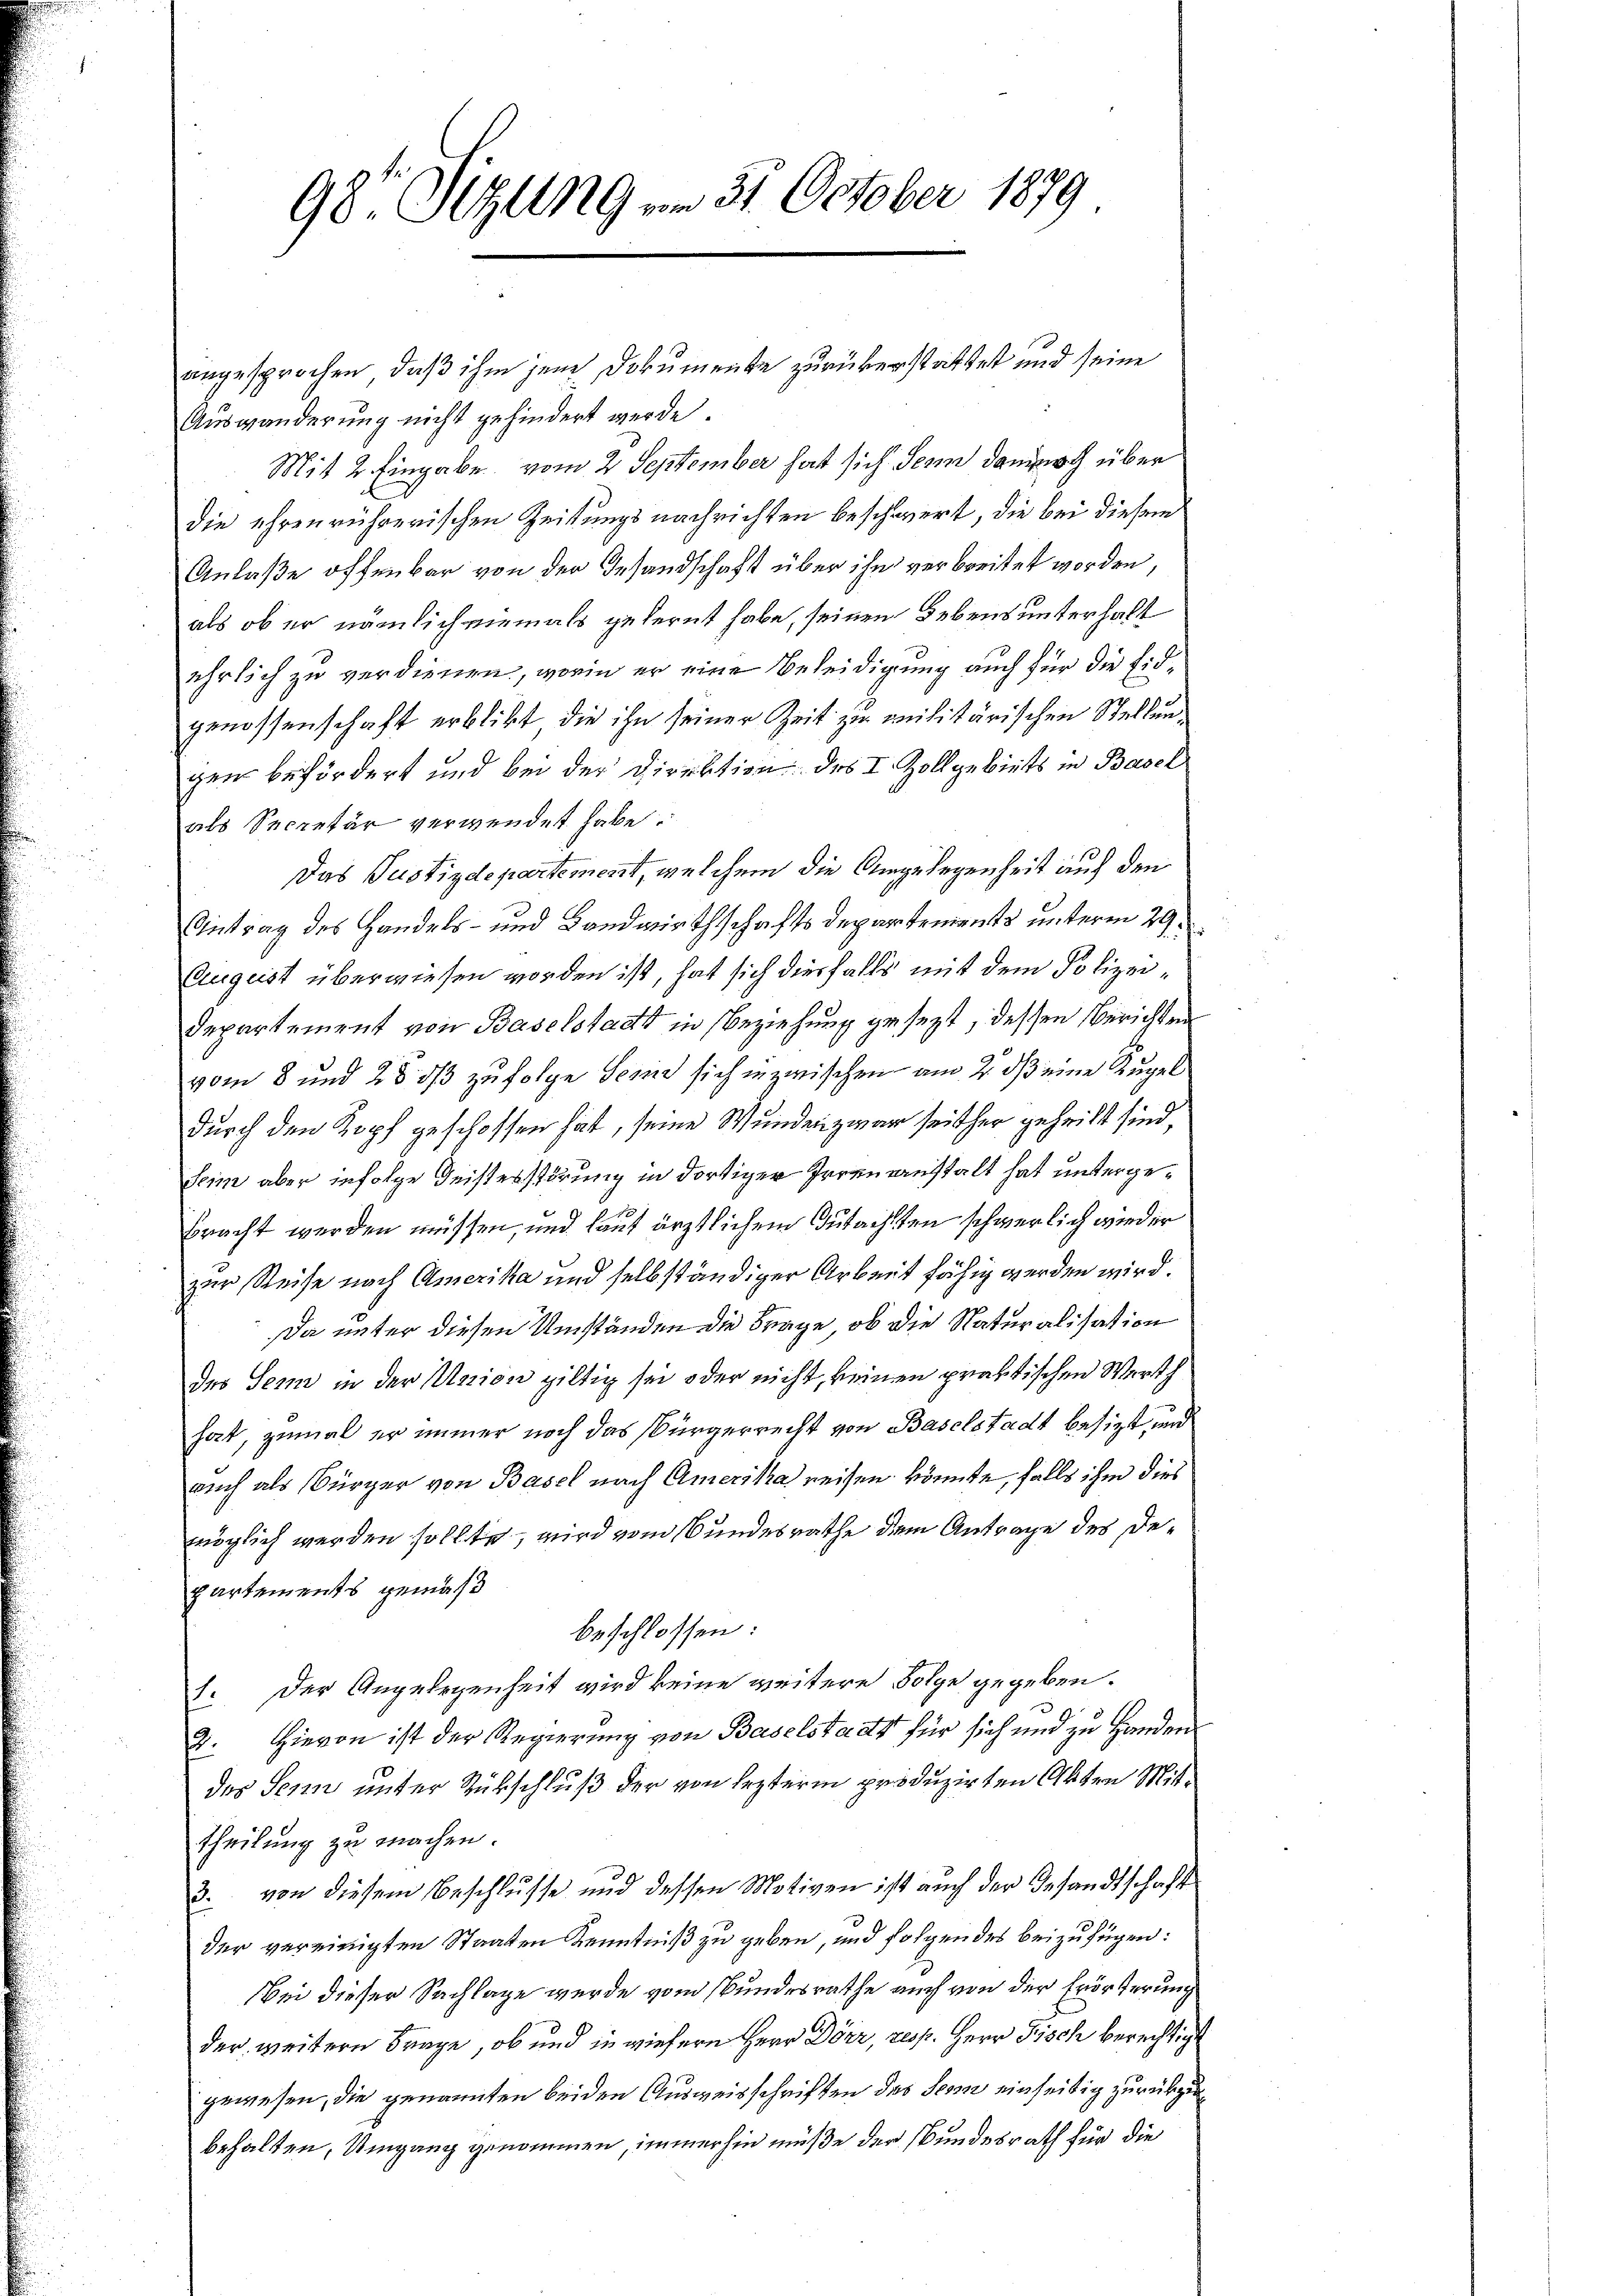
angesprochen, daß ihm jene Dokumente zurükerstattet und seine
Auswanderung nicht gehindert werde.
Mit 2. Eingabe vom 2 September hat sich denn dannoch über
die ehrenrührerischen Zeitungsnachrichten beschwert, die bei diesem
Anlaße offenbar von der Gesandschaft über ihn verbreitet worden,
als ob er nämlich niemals gefernt habe, seinen Lebens unterhalt
ehrlich zu verdienen, worin er eine Beleidigung auch für die Eidgenossenschaft erblibt, die ihn seiner Zeit zu militärischen Stellungen befördert und bei der Direktion des I. Zollgebiets in Basel
als Secretär verwendet habe.
Das Justizdepartement, welchem die Angelegenheit auf den
Antrag des Handels- und Landwirthschafts Departements unterm 29.
August überwiesen worden ist, hat sich diesfalls mit dem Polizei¬
Departement von Baselstadt in Beziehung gesezt, dessen Berichten
vom 8 und 28 3/3 zufolge Serin sich inzwischen am 2. ds eine Kugel
durch den Kopf geschossen hat, seine Wundenzwar seither geheilt sind,
seim aber infolge Geisterstörung in dortiger Irrenanstalt hat untergebracht werden müssen, und laut ärztlichem Gutachten schwerlich wieder
zur Reise nach Amerika und selbständiger Arbeit fähig werden wird.
Da unter diesen Umständen die Frage, ob die Naturalisation
des Senn in der Union giltig sei oder nicht, keinen praktischen Werth
hat, zumal er immer noch das Bürgerrecht von Baselstadt besizt, und
auch als Bürger von Basel nach Amerika reisen könnte, falls ihm dies
möglich werden sollte, wird vom Bundesrathe dem Antrage des Departements gemäß
beschlossen:
1. Der Angelegenheit wird keine weitere Folge gegeben.
2. Hievon ist der Regierung von Baselstaats für sich und zu Handen
des Seren unter Rükschluß der von lezterm produzirten Akten Mittheilung zu machen.
d. von diesem Beschlusse und dessen Motiven ist auch der Gesandtschaft
der vereinigten Staaten Kenntniß zu geben, und folgendes beizufügen:
Bei dieser Sachlage wurde vom Bundesrathe auch von der Erörterung
der weitern Frage, ob und in wiefern Herr Dörr, resp. Herr Fisch berechtigt
gewesen, die genannten beiden Ausweisschriften des Seen einseitig zurückzubehalten, Umgang genommen, immerhin müße der Bundesrath für die

98. Sitzung am 31. October 1879